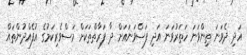
އަދި ދެވަނަ ތިންވަނަ ހަތަރުވަނަ އަދި ފަސްވަނައަށް ދާ ފަރާތްތަކަށް މަސްވެރިކަމުގެ އުފެއްދުންތައް